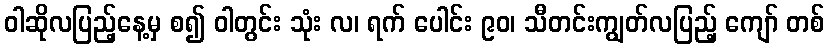
ဝါဆိုလပြည့်နေ့မှ စ၍ ဝါတွင်း သုံး လ၊ ရက် ပေါင်း ၉၀၊ သီတင်းကျွတ်လပြည့် ကျော် တစ်